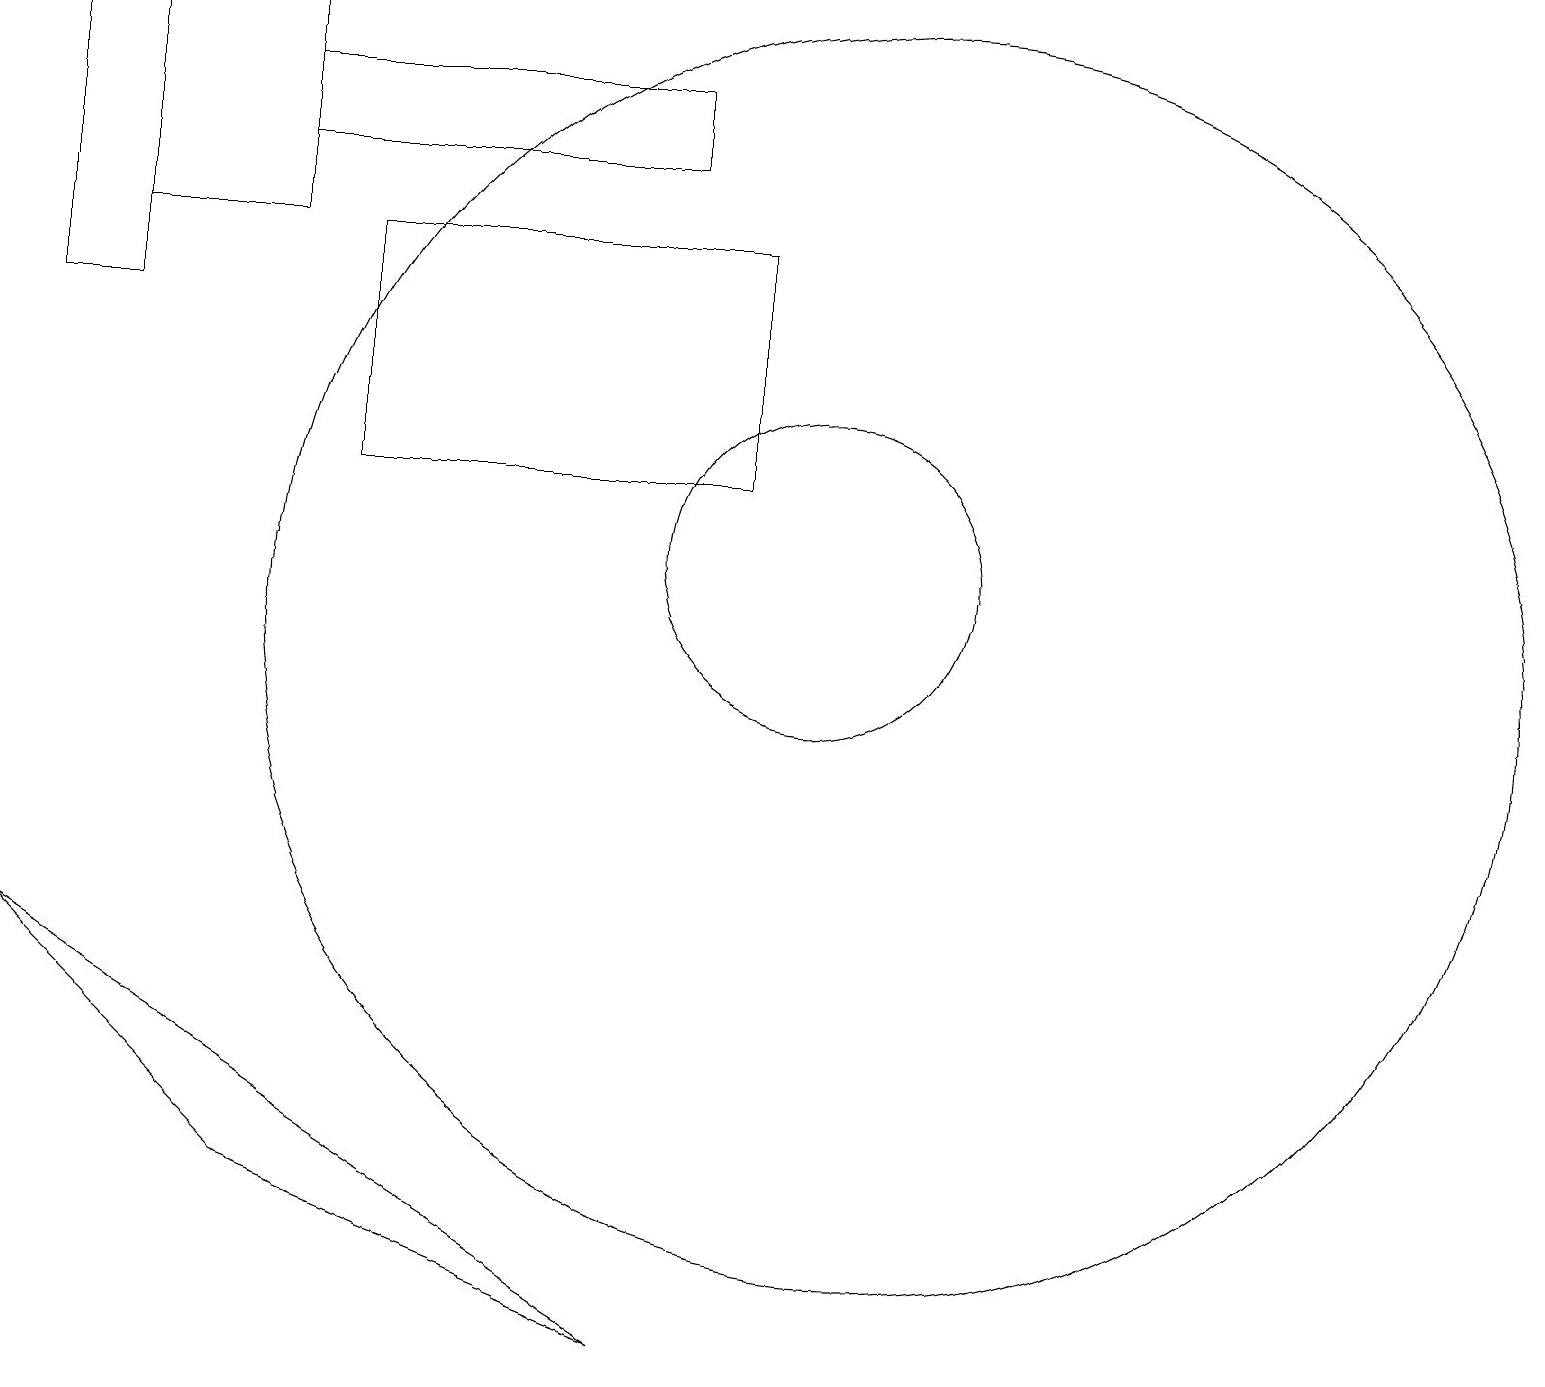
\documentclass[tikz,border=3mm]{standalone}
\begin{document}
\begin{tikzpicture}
\draw (1,15) rectangle (3,18);
\draw (0,18) rectangle (1,14);
\draw (8,1) -- (0,6) -- (3,3) -- cycle;
\draw (11,10) circle (8);
\draw (10,11) circle (2);
\draw (9,15) rectangle (4,12);
\draw (3,17) rectangle (8,16);
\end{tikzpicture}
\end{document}